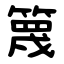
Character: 篾